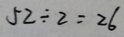
5 2 \div 2 = 2 6